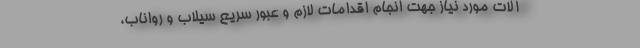
آلات مورد نیاز جهت انجام اقدامات لازم و عبور سریع سیلاب و رواناب،